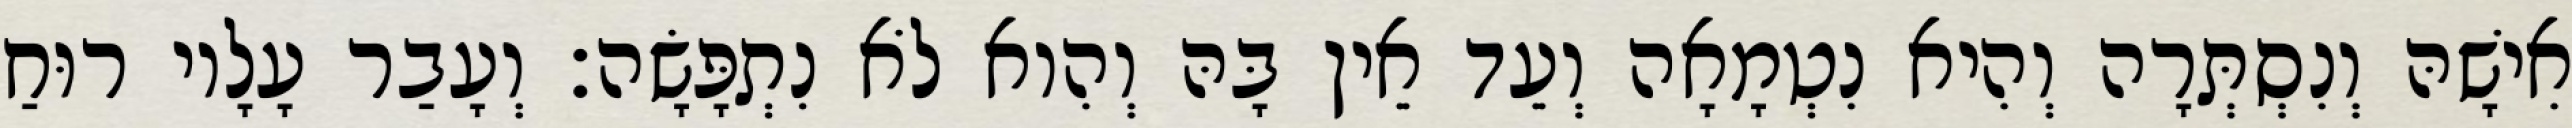
אִישָׁהּ וְנִסְתְּרָה וְהִיא נִטְמָאָה וְעֵד אֵין בָּהּ וְהִוא לֹא נִתְפָּשָׂה׃ וְעָבַר עָלָיו רוּחַ